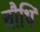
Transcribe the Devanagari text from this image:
चौथि